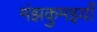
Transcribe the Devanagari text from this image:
मंझकुमइयाँ